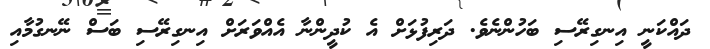
ދައްކަނީ އިނގިރޭސި ބަހުންނެވެ. ދަރިފުޅަށް އެ ކުދީންނާ އެއްވަރަށް އިނގިރޭސި ބަސް ނޭނގުމާއި